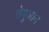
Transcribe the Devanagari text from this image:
तेयुआन